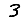
Digit: 3